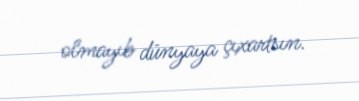
olmayıb dünyaya çıxartsın.